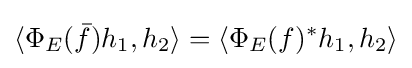
\langle \Phi _{E}({\bar {f}})h_{1},h_{2}\rangle =\langle \Phi _{E}(f)^{*}h_{1},h_{2}\rangle